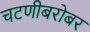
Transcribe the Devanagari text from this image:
चटणीबरोबर